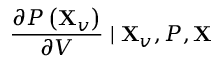
\frac { \partial P \left( \mathbf { X } _ { v } \right) } { \partial V } \mid \mathbf { X } _ { v } , P , \mathbf { X }